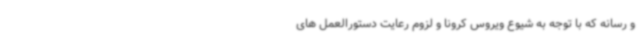
و رسانه که با توجه به شیوع ویروس کرونا و لزوم رعایت دستورالعمل های